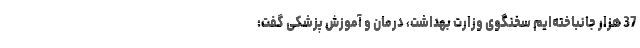
37 هزار جانباخته‌ایم سخنگوی وزارت بهداشت، درمان و آموزش پزشکی گفت: